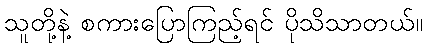
သူတို့နဲ့ စကားပြောကြည့်ရင် ပိုသိသာတယ်။